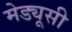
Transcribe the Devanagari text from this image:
मेड्यूसी